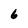
Character: 6